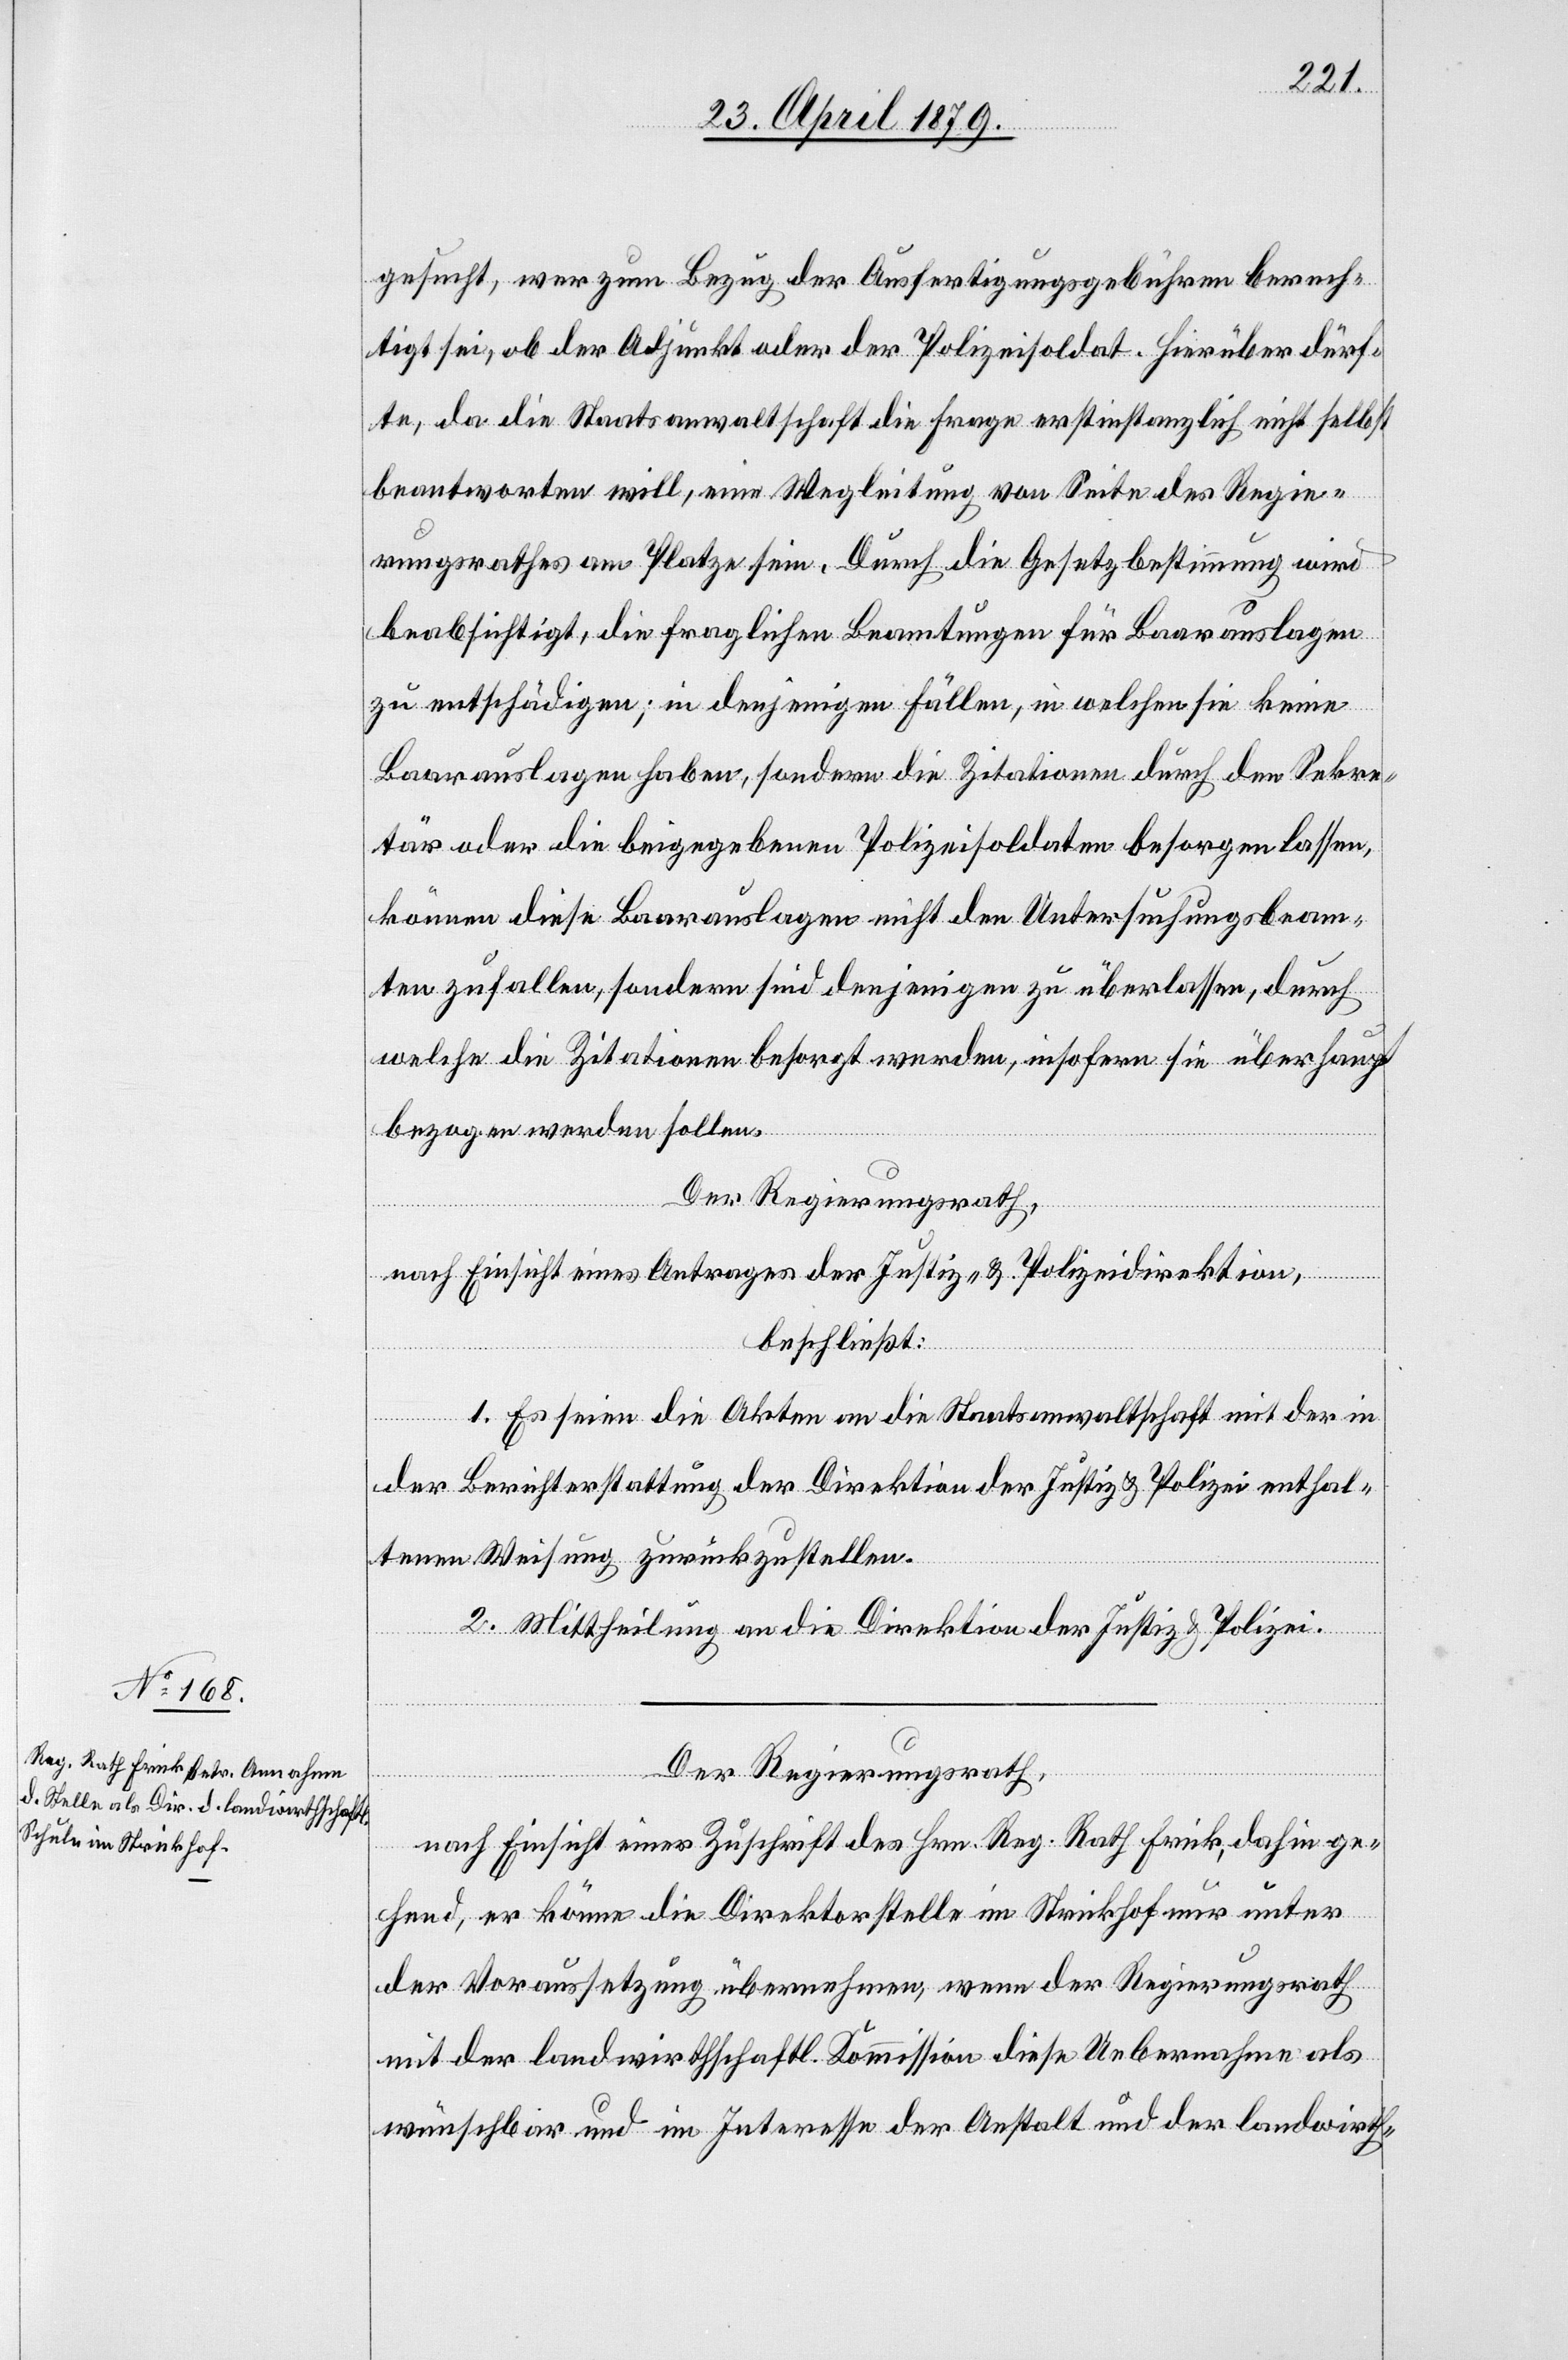
Der Regierungsrath,
nach Einsicht einer Zuschrift des Hrn. Reg. Rath Frick, dahin ge¬
hend, er könne die Direktorstelle im Strickhof nur unter
der Voraussetzung übernehmen, wenn der Regierungsrath
mit der landwirthschaftl. Kommission diese Uebernahme als
wünschbar und im Interesse der Anstalt und der landwirth-